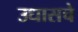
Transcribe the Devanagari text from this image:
उधासचे